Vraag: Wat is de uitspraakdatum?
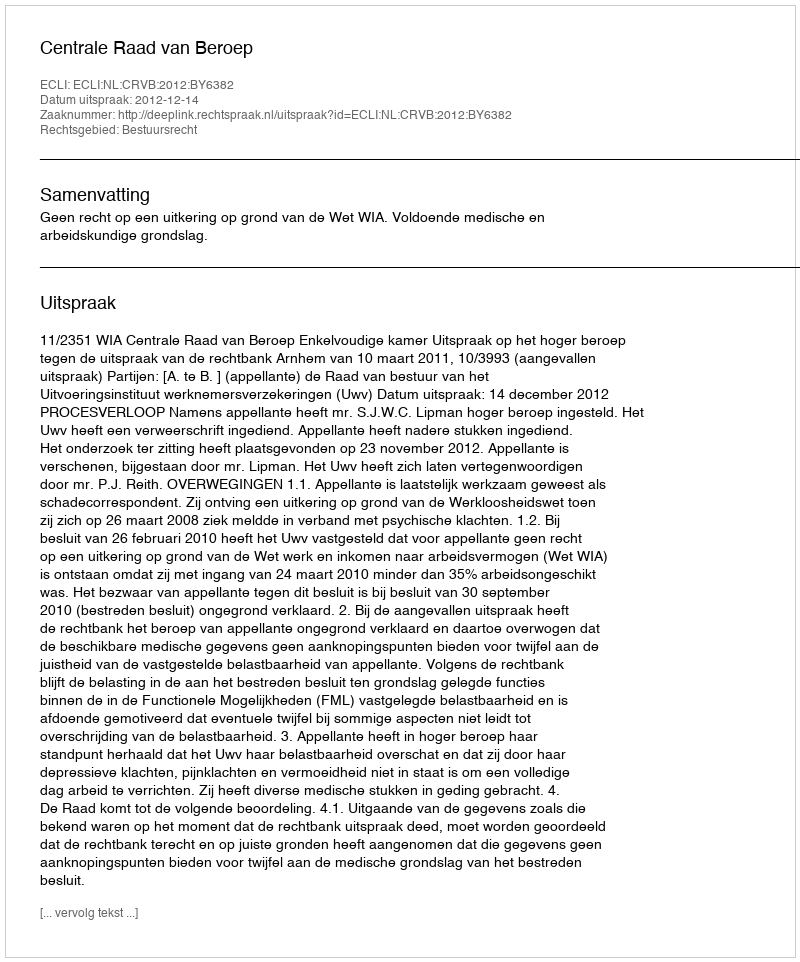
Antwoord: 2012-12-14